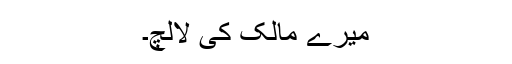
میرے مالک کی لالچ۔